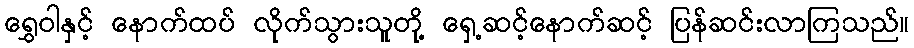
ရွှေဝါနှင့် နောက်ထပ် လိုက်သွားသူတို့ ရှေ့ဆင့်နောက်ဆင့် ပြန်ဆင်းလာကြသည်။